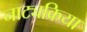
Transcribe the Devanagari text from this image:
नाट्यक्रिया